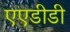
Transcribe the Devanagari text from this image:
एएडीडी